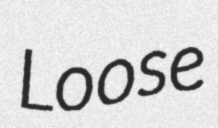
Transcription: Loose